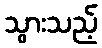
သွားသည့်